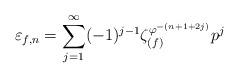
LaTeX: \begin{align*}\varepsilon_{f, n} = \sum_{j = 1}^{\infty} (-1)^{j-1} \zeta_{(f)}^{\varphi^{-(n + 1 + 2j)}} p^j\end{align*}